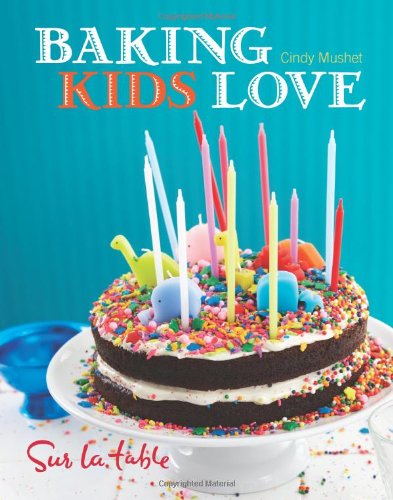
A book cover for Baking Kids Love; Sur La Table; Children's Books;